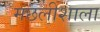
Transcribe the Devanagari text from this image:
मछलीशाला